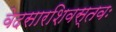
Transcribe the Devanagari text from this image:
वेदसारशिवस्तवः